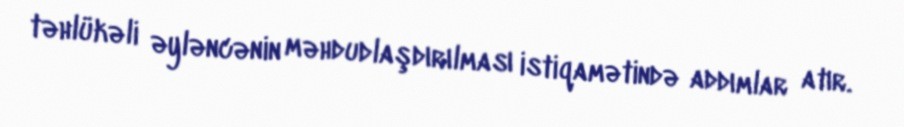
təhlükəli əyləncənin məhdudlaşdırılması istiqamətində addımlar atır.